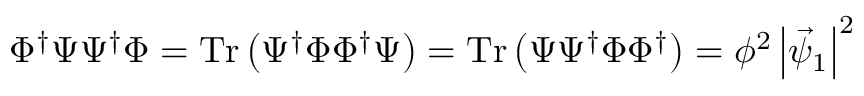
\Phi ^ { \dagger } \Psi \Psi ^ { \dagger } \Phi = \mathrm { T r } \left( \Psi ^ { \dagger } \Phi \Phi ^ { \dagger } \Psi \right) = \mathrm { T r } \left( \Psi \Psi ^ { \dagger } \Phi \Phi ^ { \dagger } \right) = \phi ^ { 2 } \left| \vec { \psi } _ { 1 } \right| ^ { 2 }